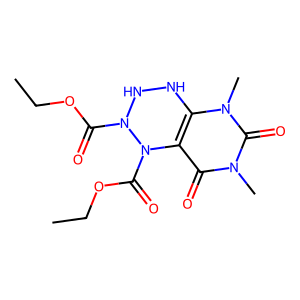
SMILES: CCOC(=O)n1[nH][nH]c2c(c(=O)n(C)c(=O)n2C)n1C(=O)OCC
Inhibits HIV replication: No